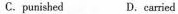
C.punished D.carried